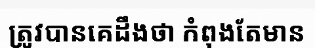
ត្រូវបានគេដឹងថា កំពុងតែមាន